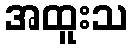
အထူးသ